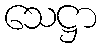
သေဋ္ဌာ